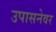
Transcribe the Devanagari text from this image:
उपासनेवर